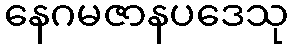
နေဂမဇာနပဒေသု